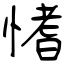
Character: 愭